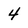
Character: 4